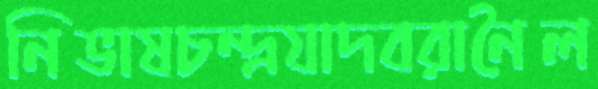
নিভাষচন্দ্রযাদবরানৈল